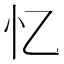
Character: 忆